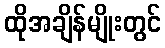
ထိုအချိန်မျိုးတွင်